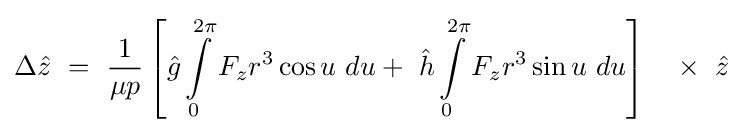
\Delta {\hat {z}}\ =\ {\frac {1}{\mu p}}\left[{\hat {g}}\int \limits _{0}^{2\pi }F_{z}r^{3}\cos u\ du+\ {\hat {h}}\int \limits _{0}^{2\pi }F_{z}r^{3}\sin u\ du\right]\quad \times \ {\hat {z}}